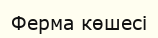
Ферма көшесі